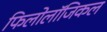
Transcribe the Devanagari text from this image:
फिलोलॉजिकल